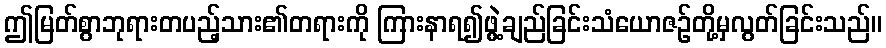
ဤမြတ်စွာဘုရားတပည့်သား၏တရားကို ကြားနာရ၍ဖွဲ့ချည်ခြင်းသံယောဇဉ်တို့မှလွတ်ခြင်းသည်။